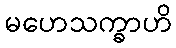
မဟေသက္ခာဟိ